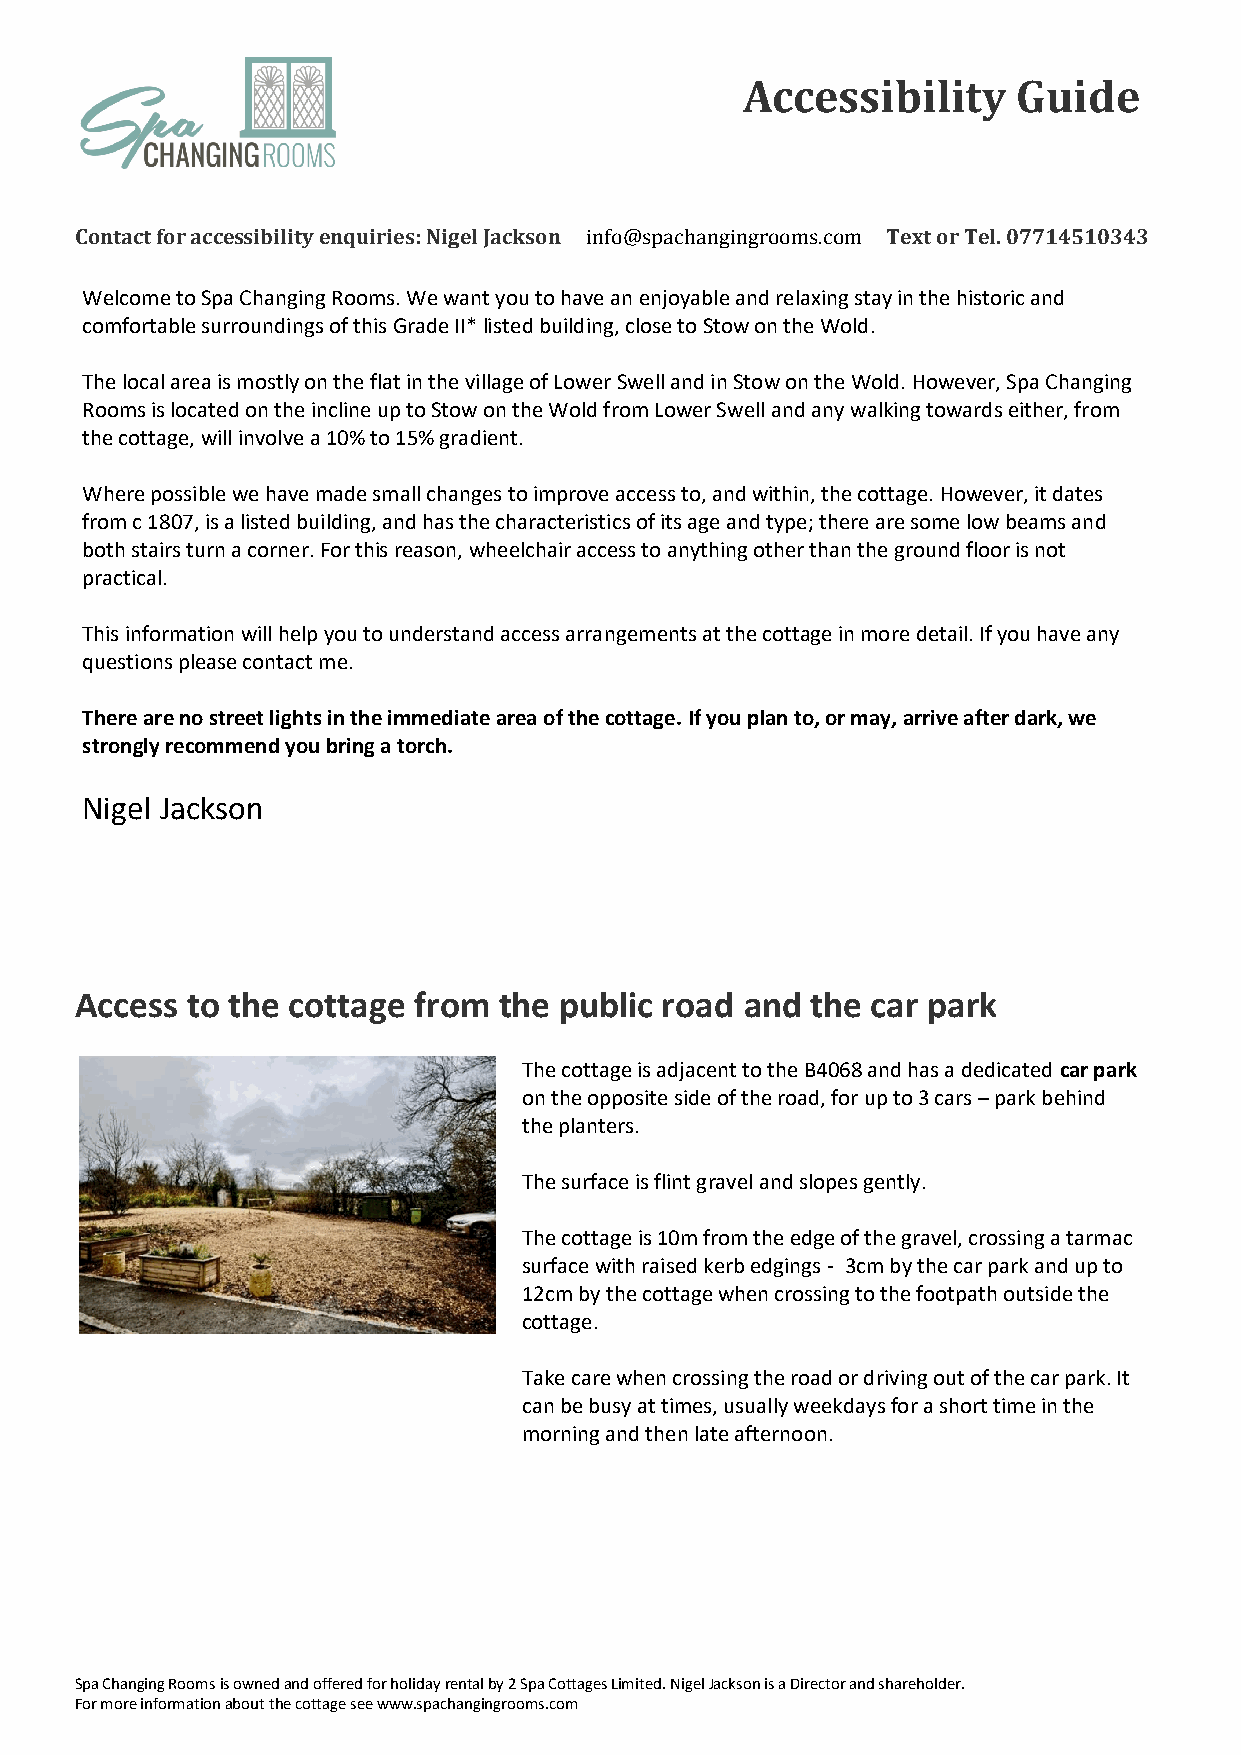
Accessibility     Guide
 Contact for accessibility enquiries: Nigel Jackson info@spachangingrooms.com Text or Tel. 07714510343
 Welcome to Spa Changing Rooms. We want you to have an enjoyable and relaxing stay in the historic and
 comfortable surroundings of this Grade II* listed building, close to Stow on the Wold.
 The local area is mostly on the flat in the village of Lower Swell and in Stow on the Wold. However, Spa Changing
 Rooms is located on the incline up to Stow on the Wold from Lower Swell and any walking towards either, from
 the cottage, will involve a 10% to 15% gradient.
 Where possible we have made small changes to improve access to, and within, the cottage. However, it dates
 from c 1807, is a listed building, and has the characteristics of its age and type; there are some low beams and
 both stairs turn a corner. For this reason, wheelchair access to anything other than the ground floor is not
 practical.
 This information will help you to understand access arrangements at the cottage in more detail. If you have any
 questions please contact me.
 There are no street lights in the immediate area of the cottage. If you plan to, or may, arrive after dark, we
 strongly recommend you bring a torch.
 Nigel Jackson
 Access to the cottage from  the public road and  the car park
 The cottage is adjacent to the B4068 and has a dedicated car park
 on the opposite side of the road, for up to 3 cars – park behind
 the planters.
 The surface is flint gravel and slopes gently.
 The cottage is 10m from the edge of the gravel, crossing a tarmac
 surface with raised kerb edgings - 3cm by the car park and up to
 12cm by the cottage when crossing to the footpath outside the
 cottage.
 Take care when crossing the road or driving out of the car park. It
 can be busy at times, usually weekdays for a short time in the
 morning and then late afternoon.
 Spa Changing Rooms is owned and offered for holiday rental by 2 Spa Cottages Limited. Nigel Jackson is a Director and shareholder.
 For more information about the cottage see www.spachangingrooms.com